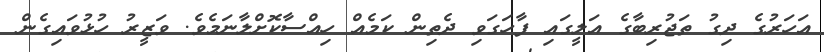
އަހަރުގެ ދިގު ތަޖުރިބާގެ އަލީގައި ފާހަގަވި ދެތިން ކަމެއް ހިއްސާކޮށްލާނަމެވެ. ވަޒީރު ހުޅުވައިގެން